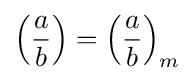
\left({\frac {a}{b}}\right)=\left({\frac {a}{b}}\right)_{m}